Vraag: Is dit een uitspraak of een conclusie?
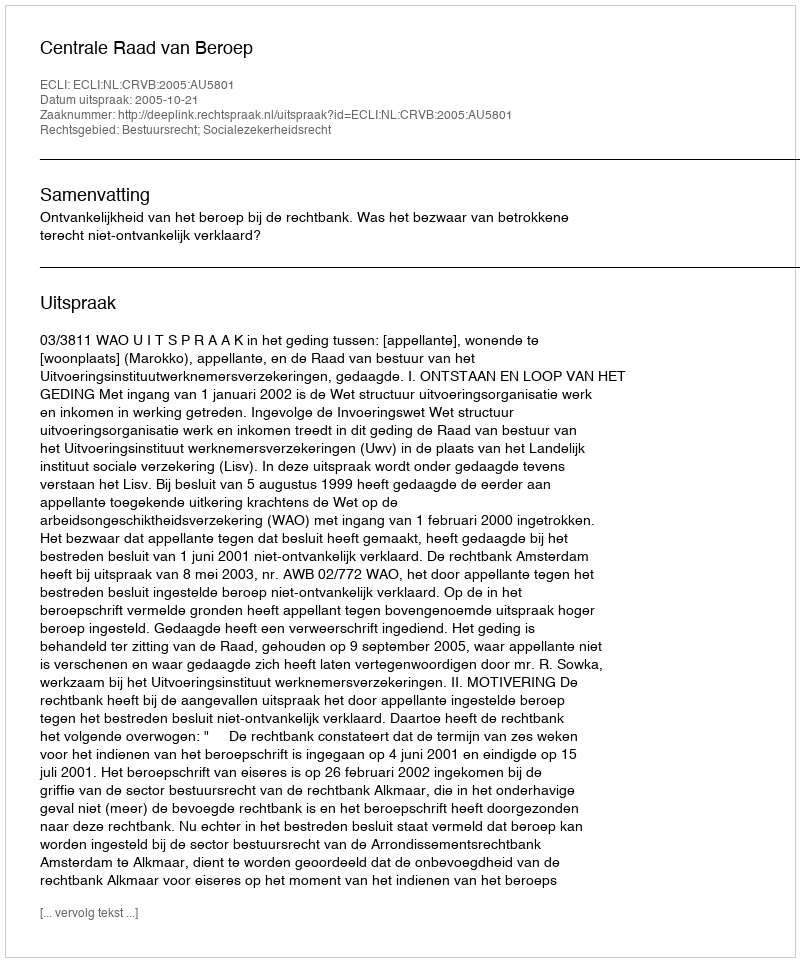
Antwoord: Uitspraak